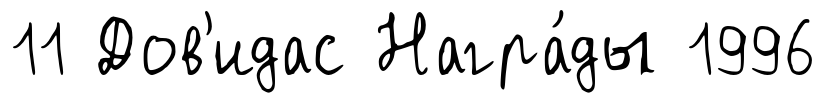
11 Дов'идас Награ́ды 1996